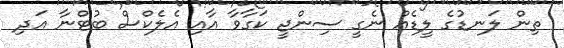
ތިން ލަނޑުގެ ލީޑެއް ނެގީ ސިންޖީ ކަގާވާ އާއި އެލެކްސް ބުޓްނާ އަދި